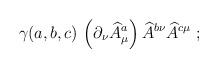
LaTeX: \begin{align*}\gamma(a,b,c)\, \left(\partial_{\nu}\widehat{A}^{a}_{\mu}\right) \widehat{A}^{b\nu}\widehat{A}^{c\mu}\ ;\end{align*}